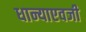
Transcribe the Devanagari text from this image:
धान्याएवजी